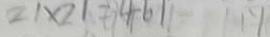
2 1 \times 2 1 = 4 6 1